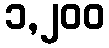
၁,၂၀၀